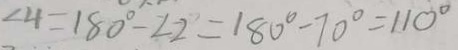
\angle 4 = 1 8 0 ^ { \circ } - \angle 2 = 1 8 0 ^ { \circ } - 7 0 ^ { \circ } = 1 1 0 ^ { \circ }